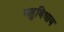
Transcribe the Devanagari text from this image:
बहुबिधाय